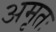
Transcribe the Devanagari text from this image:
अमृतः